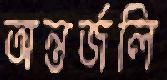
অন্তর্জলি